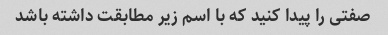
صفتی را پیدا کنید که با اسم زیر مطابقت داشته باشد